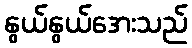
နွယ်နွယ်အေးသည်